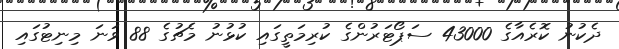
ދެކުނު ކޮރެއާގެ 43000 ސަޕޯޓަރުންގެ ކުރިމަތީގައި ކުޅުނު މެޗުގެ 88 ވަނަ މިނިޓުގައި